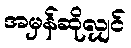
အမှန်ဆိုလျှင်